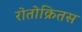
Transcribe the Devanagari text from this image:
रोतोक्रितस